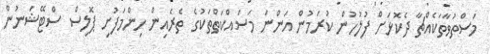
މަސްތުވާތަކެއްޗާ ދެކޮޅަށް ފުލުހުން ކުރަމުން އަންނަ މަސައްކަތްތަކުގެ ތެރެއިން ހިންމަފުށި ޕޮލިސް ސްޓޭޝަނުން